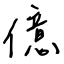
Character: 億